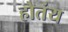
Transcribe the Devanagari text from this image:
होतंय